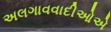
અલગાવવાદીઓએ